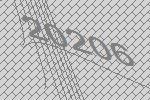
20206